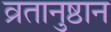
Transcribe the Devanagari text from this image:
व्रतानुष्ठान